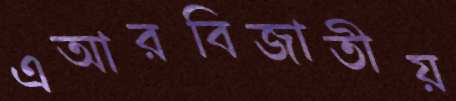
এআরবিজাতীয়